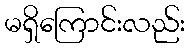
မရှိကြောင်းလည်း